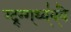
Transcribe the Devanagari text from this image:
ग्द्र्ग्ग्थ्व्॑व्॑वे